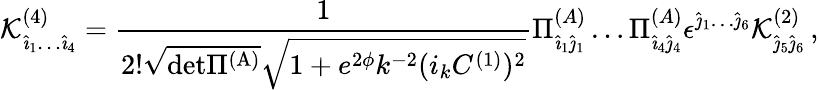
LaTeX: {\cal K}_{{\hat{\imath}}_{1}\dots{\hat{\imath}_{4}}}^{(4)}={\frac{1}{2!\sqrt{\mathrm{det\Pi^{(A)}}}\sqrt{1+e^{2\phi}k^{-2}(i_{k}C^{(1)})^{2}}}}\Pi_{{\hat{\imath}}_{1}{\hat{\jmath}}_{1}}^{(A)}\dots\Pi_{{\hat{\imath}}_{4}{\hat{\jmath}}_{4}}^{(A)}\epsilon^{{\hat{\jmath}}_{1}\dots{\hat{\jmath}}_{6}}{\cal K}_{{\hat{\jmath}}_{5}{\hat{\jmath}}_{6}}^{(2)}\, ,